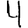
Digit: 4